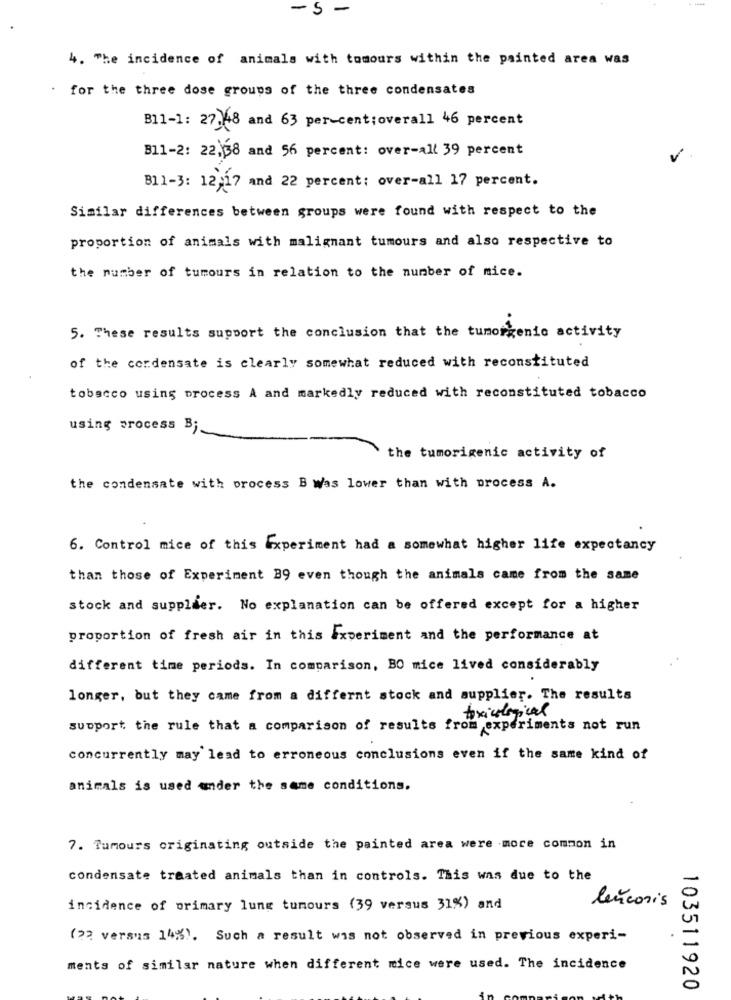
-5 -
4. The incidence of animals with tumours within the painted area was
for the three dose groups of the three condensates
B11-1: 27 48 and 63 per cent;overall 46 percent
B11-2: 22,38 and 56 percent: over-all 39 percent
B11-3: 12,17 and 22 percent: over-all 17 percent.
Similar differences between groups were found with respect to the
proportion of animals with malignant tumours and also respective to
the number of tumours in relation to the number of mice.
5. These results support the conclusion that the tumorgenic activity
of the condensate is clearly somewhat reduced with reconstituted
tobacco using process A and markedly reduced with reconstituted tobacco
using process B ;.
the tumorigenic activity of
the condensate with process B was lower than with process A.
6. Control mice of this Experiment had a somewhat higher life expectancy
than those of Experiment 89 even though the animals came from the same
stock and supplier. No explanation can be offered except for a higher
proportion of fresh air in this #xperiment and the performance at
different time periods. In comparison, BO mice lived considerably
longer, but they came from a differnt stock and supplier. The results
toxicological
support the rule that a comparison of results from experiments not run
concurrently may lead to erroneous conclusions even if the same kind of
animals is used under the same conditions.
7. Tumours originating outside the painted area were more common in
condensate traated animals than in controls. This was due to the
lencoris
incidence of primary lung tumours (39 versus 31%) and
(22 versus 14%). Such a result was not observed in previous experi-
ments of similar nature when different mice were used. The incidence
103511920